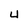
Character: 4